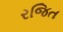
રજિત